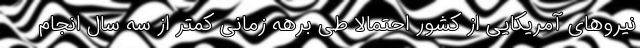
نیروهای آمریکایی از کشور احتمالا طی برهه زمانی کمتر از سه سال انجام